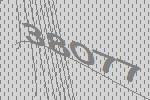
38077